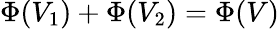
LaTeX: \Phi(V_{\mathrm{1}})+\Phi(V_{\mathrm{2}})=\Phi(V)